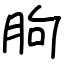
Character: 朐